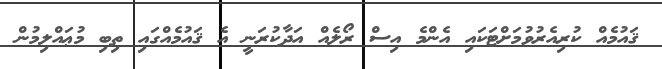
ޤައުމެއް ކުރިއެރުވުމަށްޓަކައި އެންމެ އިސް ރޯލެއް އަދާކުރަނީ އެ ޤައުމެއްގައި ތިބި މުޢައްލިމުން